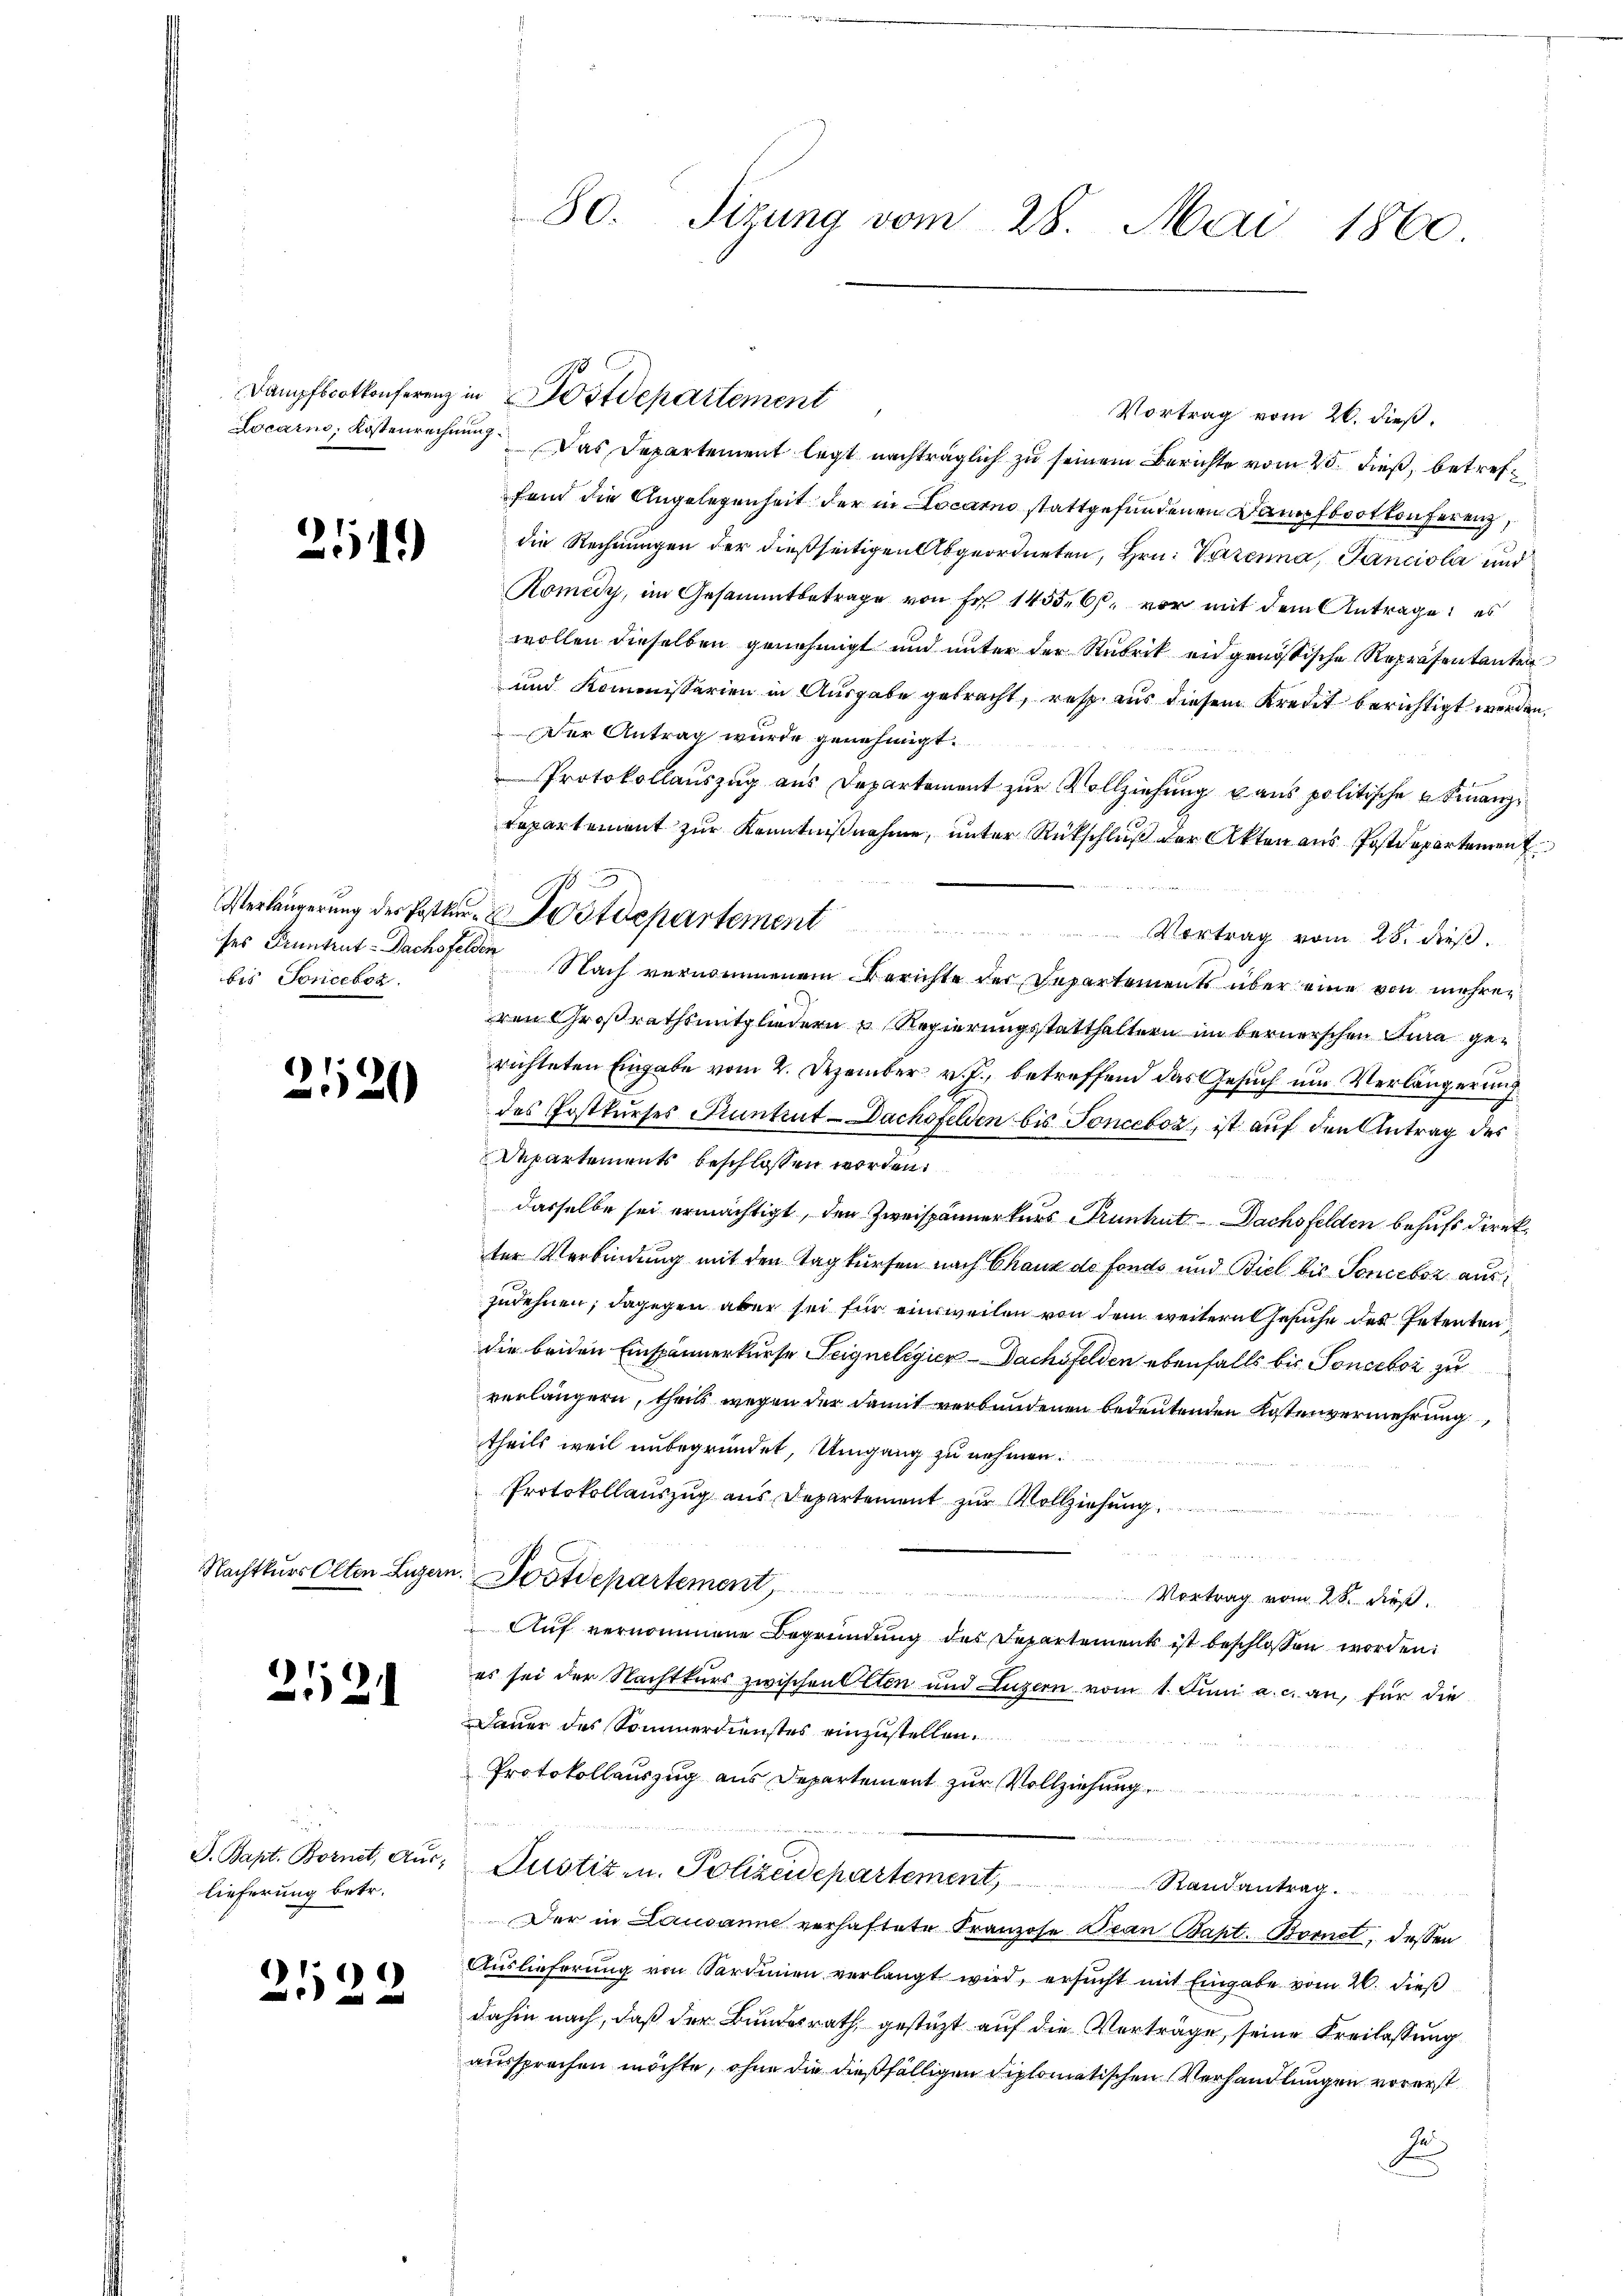
251.

bes Jonceboz.

2520

Nachtkurs Olten Luzer

2121

J. Bapt. Bornet, Auslieferung betr.

8
)
e

)

A.
Sizung vom 28. Mai 1860

Dampfbootkonferenz in Postdepartement
Vortrag vom 26. dieß.
Locarno, Kostenrechnung. Das Departement legt nachträglich zu seinem Berichte vom 25. dieß, betreffend die Angelegenheit der in Locarno stattgefundenen Dampfbootkonferenz,
die Rechnungen der dießseitigen Abgeordneten, Hrn. Verzenna, Panciola und
Komedy, im Gesammtbetrage von Fr. 1455. 6. vor mit dem Antrage: es
wollen dieselben genehmigt und unter der Rubrik eidgenössische Repräsentanten
und Kommissarien in Ausgabe gebracht, resp. aus diesem Kredit berichtigt werden,
Der Antrag wurde genehmigt.
Protokollauszug aus Departement zur Vollziehung dans politische u. Finanz¬
Repartement zur Kenntnißnahme, unter Rückschluß der Akten aus Postdepartement
ee einen die Bericht hatten Statt 20
Vortrag vom 28. dieß.
ses Pruntrut-Nachsfelden Nach vernommenem Berichte der Departements über eine von mehrer
ren Großrathsmitgliedern u Regierungsstatthaltern im bernerschen Jura gerichteten Eingabe vom 2. Dezember v. J., betreffend das Gesuch um Verlängerung
des Postkurses Pruntrut-Dachsfelden bis Sonceboz, ist auf den Antrag des
Departements beschlossen worden.
dasselbe sei ermächtigt, den Zweispännerkers Grünhut-Dachsfelden behufs direkter Verbindung mit den Tagkürfen nach Chaux de Fonds und Biel bis Sonceboz auszudehnen; dagegen aber sei für einsweilen von dem weiteres Gesuche des Petenten
die beiden Einspännerkurse Teignelegier Dachsfelden ebenfalls bis Sonceboz zu
verlängern, theils wegen der damit verbundenen bedeutenden Kostenvermehrung
theils weil unbegründet, Umgang zu nehmen.
Protokollauszug aus Departement zur Vollziehung.
u. Postdepartement,
 Vortrag vom 28. dieß.
Auf vernommene Begründung des Departement ist beschlossen worden.
es sei der Nachtkurs zwischen Olten und Luzern vom 1. Juni a. c. an, für die
Dauer des Sommerdienstes einzustellen.
Protokollauszug aus Departement zur Vollziehung
n
Justiz- u. Polizeidepartement Randantrag.
Der in Lausanne verhaftete Franzose Bean Baht. Bornet, dessen
Auslieferung von Sardinien verlangt wird, ersucht mit Eingabe vom 26. dieß
dahin nach, daß der Bundesrath, gestützt auf die Verträge, seine Freilassung
aussprechen möchte, ohne die dießfälligen Diplomatischen Verhandlungen vorerst
E

Verlängerung der Postkur-Postdepartement